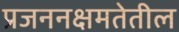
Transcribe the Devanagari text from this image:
प्रजननक्षमतेतील